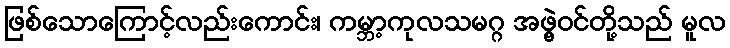
ဖြစ်သောကြောင့်လည်းကောင်း၊ ကမ္ဘာ့ကုလသမဂ္ဂ အဖွဲ့ဝင်တို့သည် မူလ